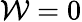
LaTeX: \mathcal{W}=0